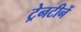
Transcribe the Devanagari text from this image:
ट्रेनटीनें